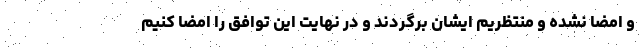
و امضا نشده و منتظریم ایشان برگردند و در نهایت این توافق را امضا کنیم